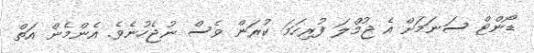
ޑޯންޓް ސަނަމަށް އެ ޖުމްލަ ފުރިހަމަ ކުރަން ވެސް ނުޖެހުނެވެ. އެންމެން އަތް